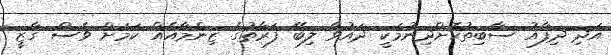
އަދި ދިފާއު ސާބިތުކޮށްދިނުމަކީ ދައުވާ ލިބޭ ފަރާތުގެ ޒިންމާއެއް ކަމަށް ވެސް ގާޒީ